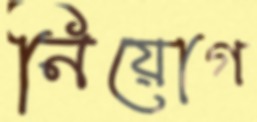
নিয়োগ